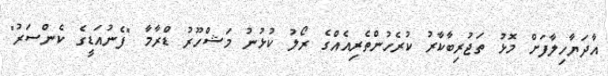
އާދަޔާހިލާފަށް މޮޅު ތަޖުރިބާކާރު ކުރެހުންތެރިއެއްގެ ރޯލު ކުޅުނު މަޝްހޫރު ޑްރާމާ "ފެނުއަޑީގެ ކެންސަރު"